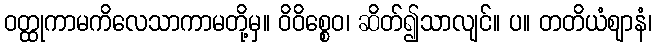
ဝတ္ထုကာမကိလေသာကာမတို့မှ။ ဝိဝိစ္စေဝ၊ ဆိတ်၍သာလျင်။ ပ။ တတိယံဈာနံ၊